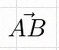
\vec{AB}